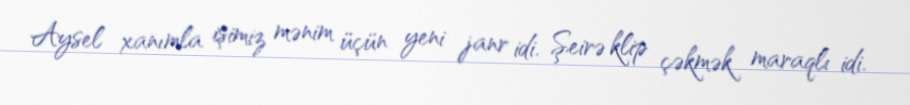
Aysel xanımla işimiz mənim üçün yeni janr idi. Şeirə klip çəkmək maraqlı idi.